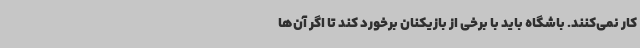
کار نمی‌کنند. باشگاه باید با برخی از بازیکنان برخورد کند تا اگر آن‌ها